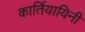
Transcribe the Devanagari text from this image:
कार्तियायिनी